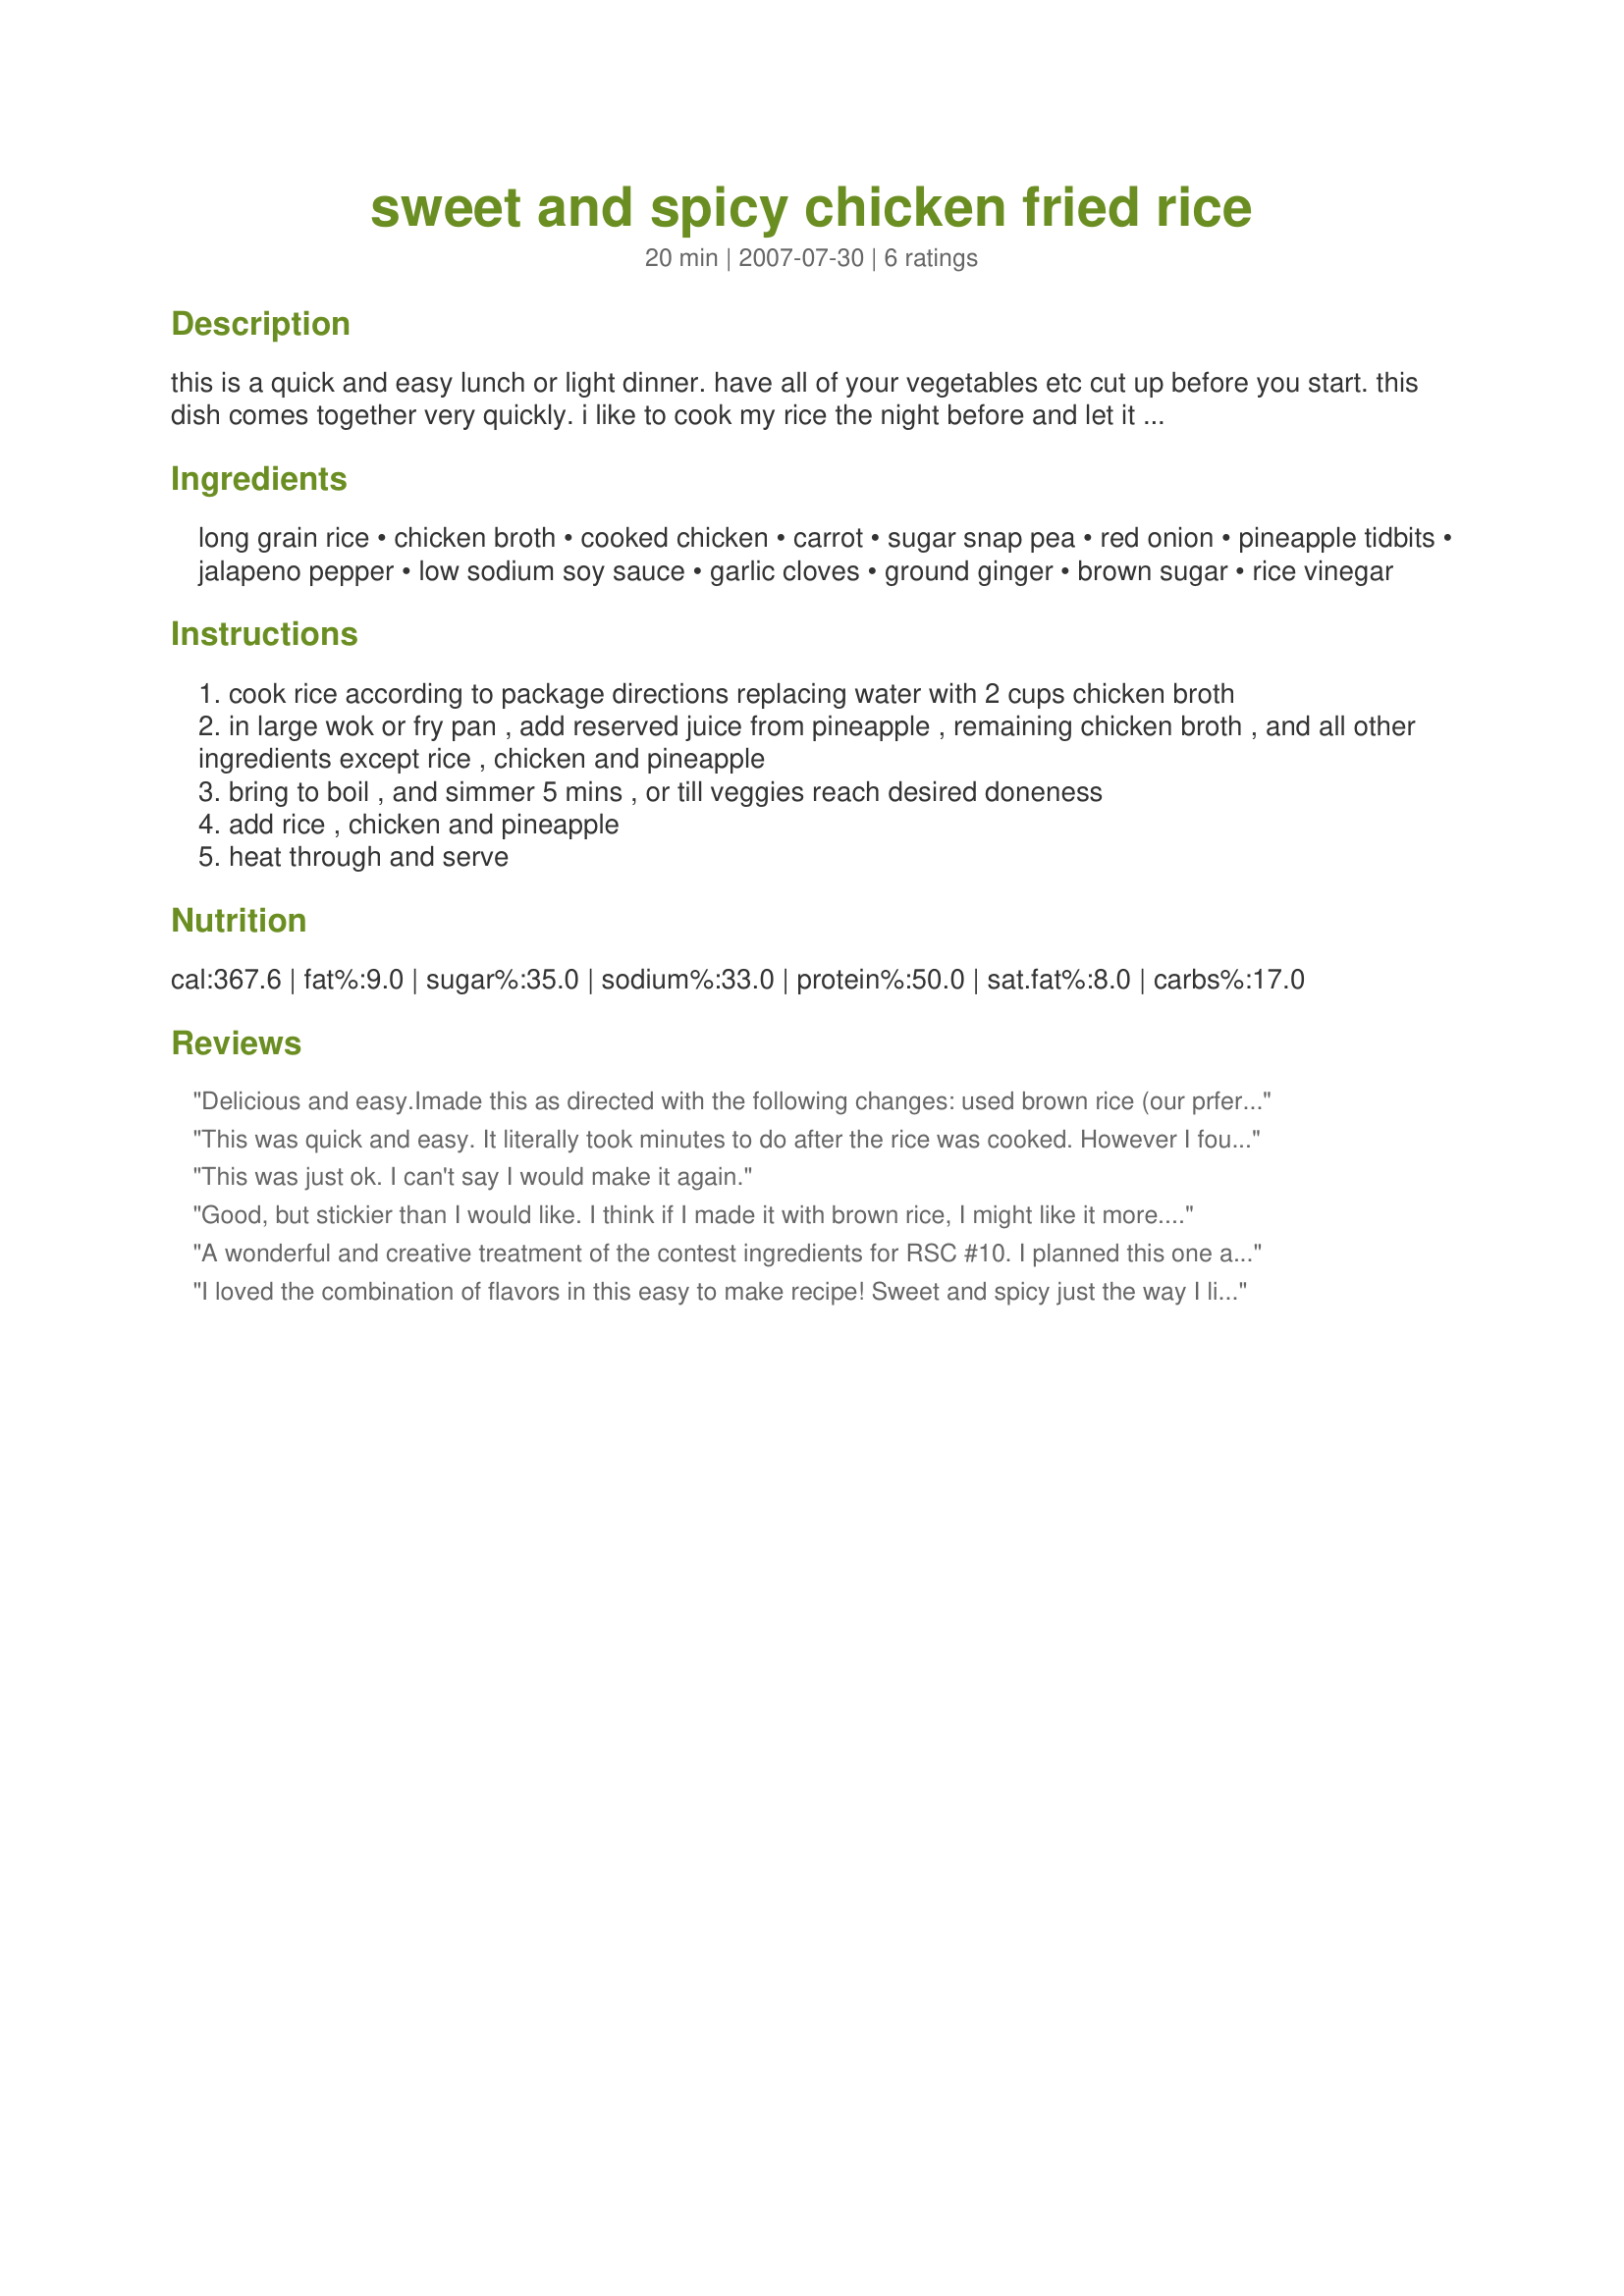
sweet and spicy chicken fried rice
Preparation time: 20 minutes

this is a quick and easy lunch or light dinner. have all of your vegetables etc cut up before you start. this dish comes together very quickly. i like to cook my rice the night before and let it cool. this is not necessary, but makes this dish even quicker.

Ingredients:
long grain rice, chicken broth, cooked chicken, carrot, sugar snap pea, red onion, pineapple tidbits, jalapeno pepper, low sodium soy sauce, garlic cloves, ground ginger, brown sugar, rice vinegar

Steps:
cook rice according to package directions replacing water with 2 cups chicken broth
in large wok or fry pan , add reserved juice from pineapple , remaining chicken broth , and all other ingredients except rice , chicken and pineapple
bring to boil , and simmer 5 mins , or till veggies reach desired doneness
add rice , chicken and pineapple
heat through and serve

Reviews:
Delicious and easy.Imade this as directed with the following changes: used brown rice (our prference), added more pepper(1/2 cup red bell too),added egg, a splash of white wine, reg onion (had on hand chopped). Wonderful!! Family loved this - will make again! **Went to market 2007**
This was quick and easy. It literally took minutes to do after the rice was cooked. However I found it not to be "fried" rice. The texture was off by not using oil. It was more rice in sauce in my opinion. 

The sauce held more sour notes than sweet for us. I would reduce the amount of vinegar a bit next time. I did like the other notes in the sauce... garlic, ginger, jalapeno, soy, and pineapple. I know I will be making this again some busy night. Thank you for your entry in RSC #10!
This was just ok. I can't say I would make it again.
Good, but stickier than I would like. I think if I made it with brown rice, I might like it more. This was a recipe that DH 'said' he liked, but really didn't eat much, and didn't ask for more.
A wonderful and creative treatment of the contest ingredients for RSC #10. I planned this one ahead and had leftover rice cooked with broth and roasted chicken ready, so the dish came together in just minutes. My rendition used brown rice, my standard, and also included 1/2 cup chopped red pepper which both made sense and worked really well in the dish. The flavors were great, as promised, a little bit sweet and a little bit spicy (but not so spicy you couldn't share with tender tongued friends). I can't wait to enjoy the leftovers tomorrow. Thanks and good luck!
I loved the combination of flavors in this easy to make recipe! Sweet and spicy just the way I like it. I used frozen fajita strips for the cooked chicken... that gave it an extra zing as well. I didn't realize this was an RSC Entry til just know. Kudos for coming up with a great dish. I'll make it again for sure. ~V
